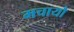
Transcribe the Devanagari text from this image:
मचायौ